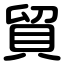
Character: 貿